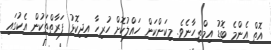
އޮތް އެންމެ ބޮޑު އިމްތިހާނެވެ. މިކަންކަން ހައްލުކޮށް ހުރިހާ އިދިކޮޅު ފަރާތްތަކުން އެކުގައި